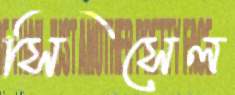
সিসেল